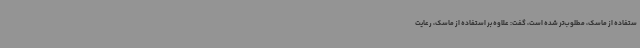
ستفاده از ماسک، مطلوب‌تر شده است، گفت: علاوه بر استفاده از ماسک، رعایت